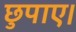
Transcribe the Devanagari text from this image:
छुपाए।